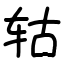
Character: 轱